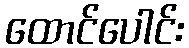
ထောင်ပေါင်း